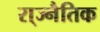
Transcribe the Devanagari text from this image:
रा्ज्नैतिक